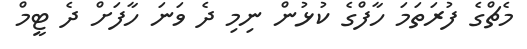
މެޗްގެ ފުރަތަމަ ހާފްގެ ކުޅުން ނިމި ދެ ވަނަ ހާފަށް ދެ ޓީމް